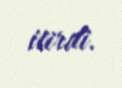
itirdi.